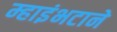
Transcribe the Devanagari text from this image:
म्हाइंभटाने